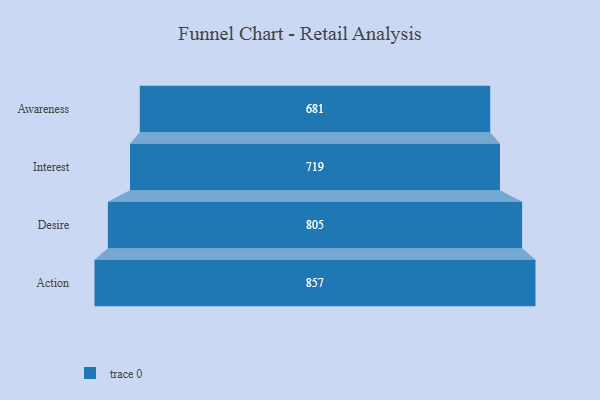
{"axis": {"x": "Stage", "y": "Value"}, "legend": [""], "data": [{"x": "Awareness", "y": 681.0, "type": ""}, {"x": "Interest", "y": 719.0, "type": ""}, {"x": "Desire", "y": 805.0, "type": ""}, {"x": "Action", "y": 857.0, "type": ""}]}